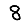
Digit: 8